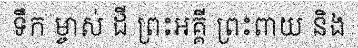
ទឹក ម្ចាស់ ដី ព្រះអគ្គី ព្រះពាយ និង